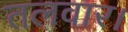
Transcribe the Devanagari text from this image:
तलवार।